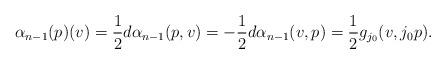
LaTeX: \begin{align*}\alpha_{n-1}(p)(v)=\frac{1}{2}d\alpha_{n-1}(p, v)=-\frac{1}{2}d\alpha_{n-1}(v, p)=\frac{1}{2}g_{j_{0}}(v, j_{0}p).\end{align*}